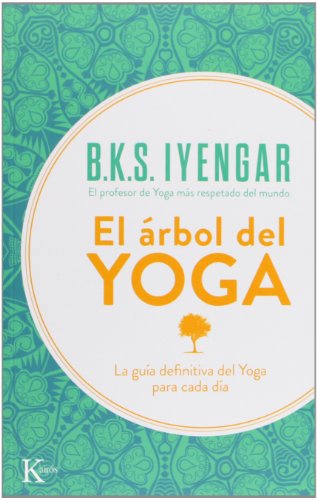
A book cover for El Ã¡rbol del yoga (Spanish Edition); B. K. S. Iyengar; Religion & Spirituality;